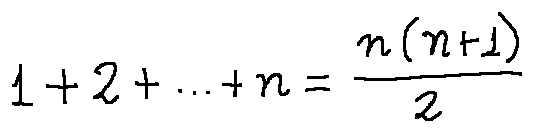
1 + 2 + \cdots + n = \frac { n ( n + 1 ) } { 2 }